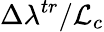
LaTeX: \Delta\lambda^{tr}/\mathcal{L}_{c}